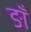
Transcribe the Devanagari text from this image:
ङाँ